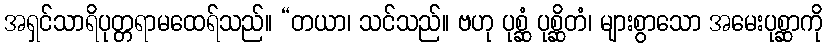
အရှင်သာရိပုတ္တရာမထေရ်သည်။ “တယာ၊ သင်သည်။ ဗဟု ပုစ္ဆံ ပုစ္ဆိတံ၊ များစွာသော အမေးပုစ္ဆာကို